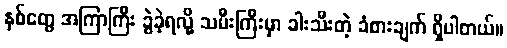
နှစ်တွေ အကြာကြီး ခွဲခဲ့ရလို့ သမီးကြီးမှာ ခါးသီးတဲ့ ခံစားချက် ရှိပါတယ်။